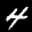
Label: 4